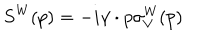
S ^ { \mathrm { W } } ( p ) = - i \gamma \cdot p \sigma _ { V } ^ { \mathrm { W } } ( p )